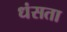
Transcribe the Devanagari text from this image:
धंसता